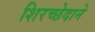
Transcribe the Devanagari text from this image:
शिरच्छेदाने